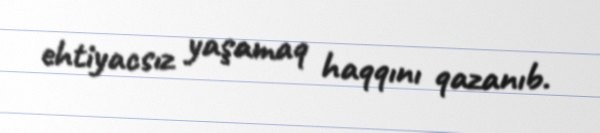
ehtiyacsız yaşamaq haqqını qazanıb.